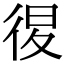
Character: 𢓴